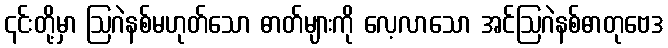
၎င်းတို့မှာ ဩဂဲနစ်မဟုတ်သော ဓာတ်များကို လေ့လာသော အင်ဩဂဲနစ်ဓာတုဗေဒ